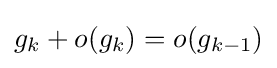
g_{k}+o(g_{k})=o(g_{k-1})